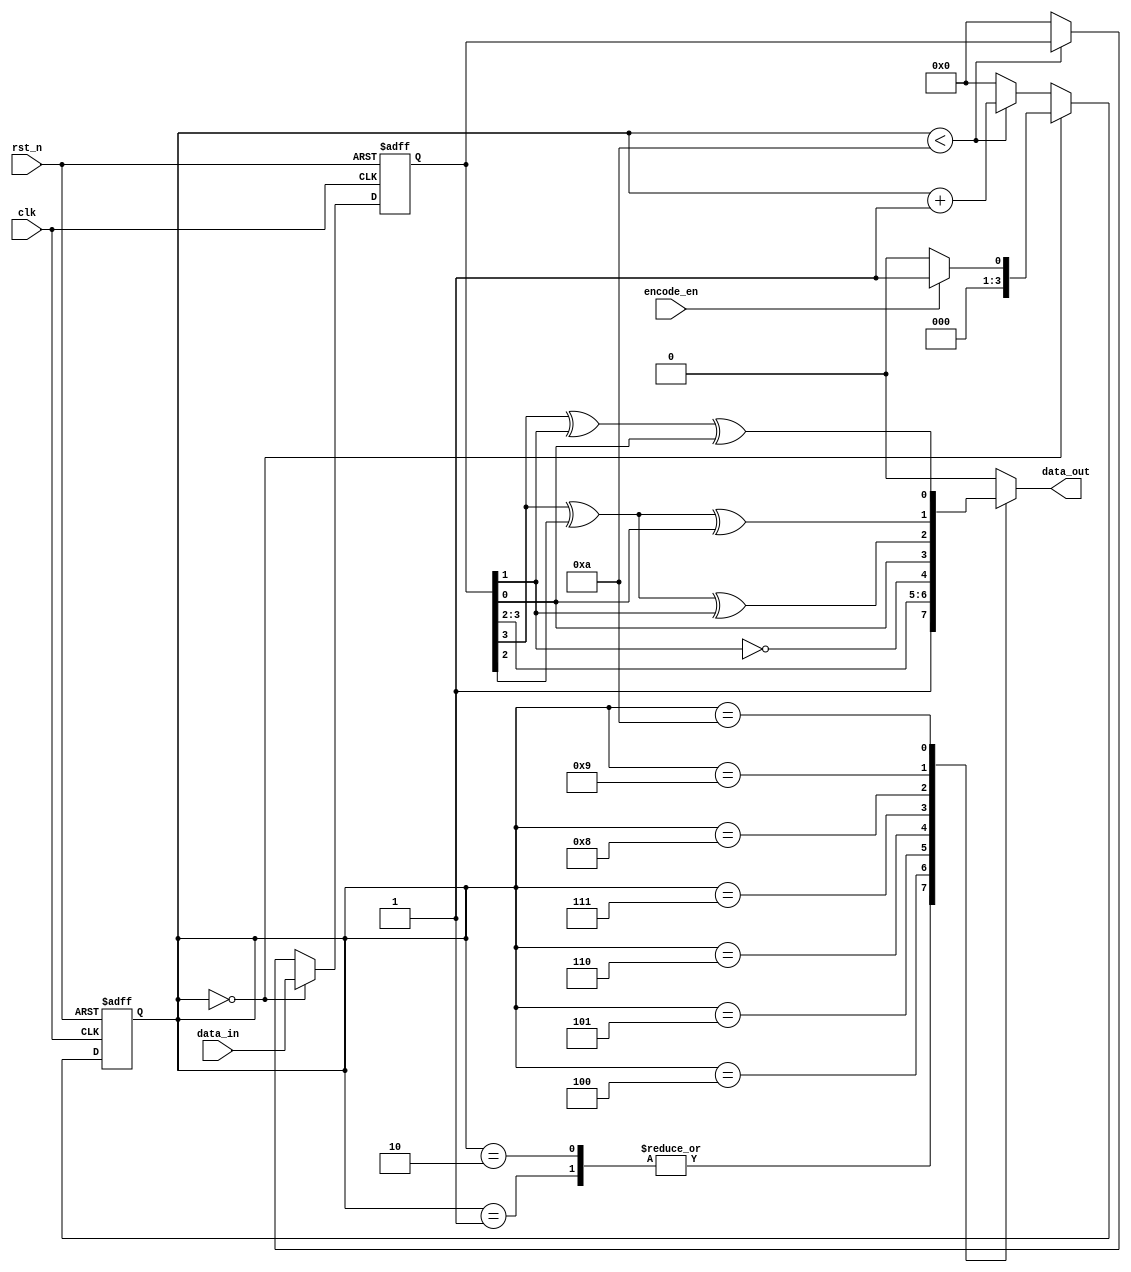
module encode (data_in, data_out, encode_en, clk, rst_n);
	input [3:0] data_in;
	input clk;
	input rst_n;
	input encode_en;
	output data_out;

	reg [3:0] c_state, n_state;
	reg [3:0] c_data, n_data;
	reg data_out;

	always @(posedge clk or negedge rst_n)
	begin
		if(~rst_n)
		begin
			c_state <= 4'd0;
			c_data <= 4'd0;
		end
		else
		begin
			c_state <= n_state;
			c_data <= n_data;
		end
	end

	always @(c_state, encode_en, c_data)
	begin
		if(c_state == 4'd0)
		begin
			n_state = (encode_en)? 4'd1:4'd0;
			n_data = data_in;
		end
		else if(c_state < 4'd10)
		begin
			n_state = c_state + 4'd1;
			n_data = c_data;
		end
		else
		begin
			n_state = 4'd0;
			n_data = 4'd0;
		end
	end

	always @(c_state, c_data)
	begin
		case(c_state)
			4'd0: data_out = 1'b0;
			4'd1: data_out = 1'b1;
			4'd2: data_out = 1'b1;
			4'd3: data_out = 1'b0;
			4'd4: data_out = c_data[3];
			4'd5: data_out = c_data[2];
			4'd6: data_out = ~c_data[1];
			4'd7: data_out = c_data[0];
			4'd8: data_out = c_data[3] ^ c_data[2] ^ c_data[1];
			4'd9: data_out = c_data[3] ^ c_data[2] ^ c_data[0];
			4'd10: data_out = c_data[3] ^ c_data[1] ^ c_data[0];
			default: data_out = 1'b0;
		endcase
	end

endmodule